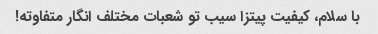
با سلام، کیفیت پیتزا سیب تو شعبات مختلف انگار متفاوته!